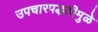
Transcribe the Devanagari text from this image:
उपचारपद्धतीमुळे